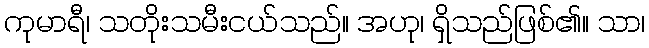
ကုမာရီ၊ သတိုးသမီးငယ်သည်။ အဟု၊ ရှိသည်ဖြစ်၏။ သာ၊